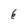
Character: 6